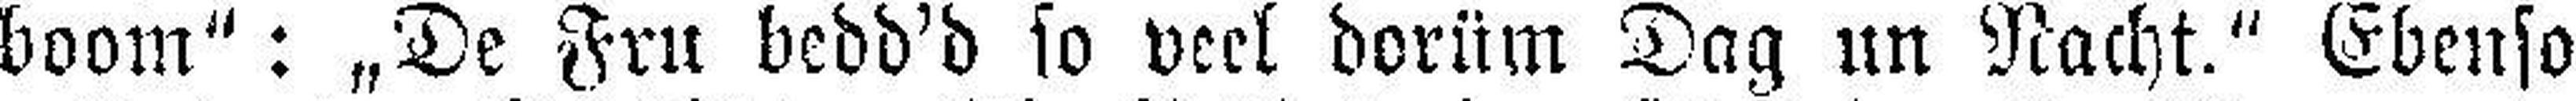
boom“: „De Fru bedd'd so veel dorüm Dag un Nacht.“ Ebenso